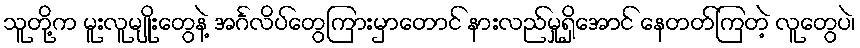
သူတို့က မူးလူမျိုးတွေနဲ့ အင်္ဂလိပ်တွေကြားမှာတောင် နားလည်မှုရှိအောင် နေတတ်ကြတဲ့ လူတွေပဲ၊